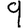
Digit: 9